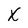
Character: x